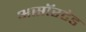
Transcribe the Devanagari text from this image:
असॉरटेड